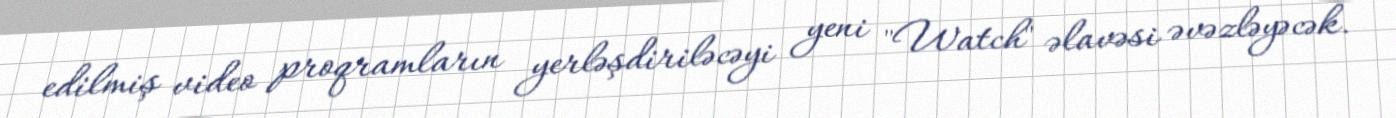
edilmiş video proqramların yerləşdiriləcəyi yeni "Watch" əlavəsi əvəzləyəcək.